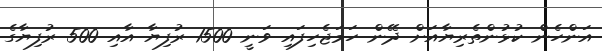
އަންހެން ކުޅުންތެރިޔާއަށް ދޭން ހަމަޖެހިފައި ވަނީ 1500 ރުފިޔާ އާއި 500 ރުފިޔާގެ